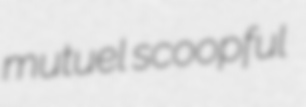
mutuel scoopful